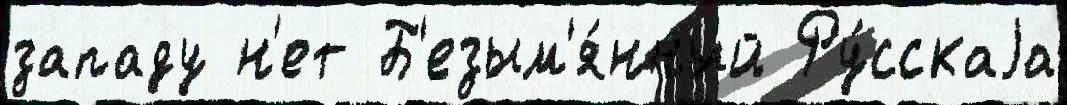
западу н'ет Б'езым'я́нный Ру́сскаjа